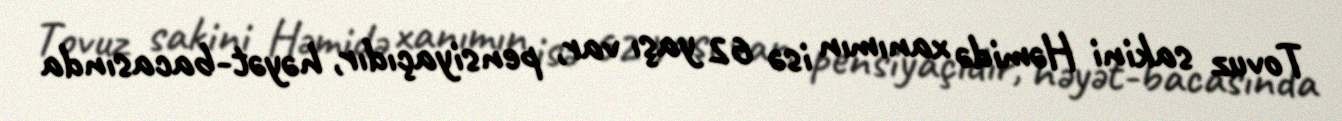
Tovuz sakini Həmidə xanımın isə 62 yaşı var, pensiyaçıdır, həyət-bacasında